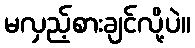
မလှည့်စားချင်လို့ပဲ။